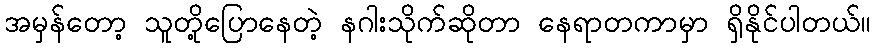
အမှန်တော့ သူတို့ပြောနေတဲ့ နဂါးသိုက်ဆိုတာ နေရာတကာမှာ ရှိနိုင်ပါတယ်။